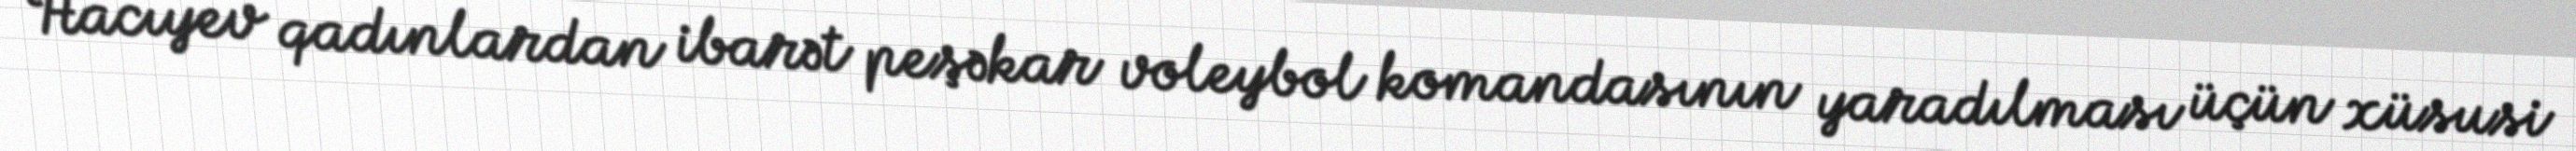
Hacıyev qadınlardan ibarət peşəkar voleybol komandasının yaradılması üçün xüsusi